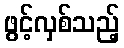
ဖွင့်လှစ်သည့်